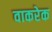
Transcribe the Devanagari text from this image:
वाकरेक